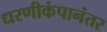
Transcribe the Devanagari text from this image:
धरणीकंपानंतर